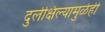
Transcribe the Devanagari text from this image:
दुर्लक्षिल्यामुळेही